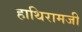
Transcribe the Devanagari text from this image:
हाथिरामजी